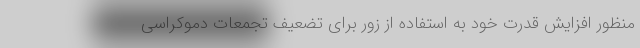
منظور افزایش قدرت خود به استفاده از زور برای تضعیف تجمعات دموکراسی